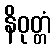
နိဝုတ္တံ